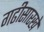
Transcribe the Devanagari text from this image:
गढीसारखे